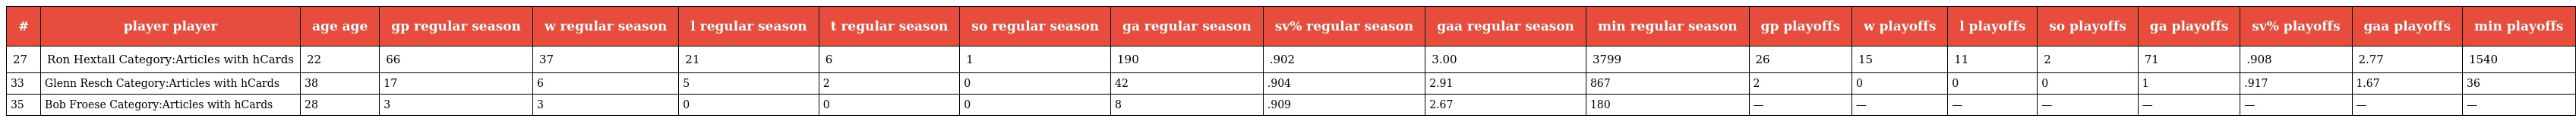
| # | player player | age age | gp regular season | w regular season | l regular season | t regular season | so regular season | ga regular season | sv% regular season | gaa regular season | min regular season | gp playoffs | w playoffs | l playoffs | so playoffs | ga playoffs | sv% playoffs | gaa playoffs | min playoffs |
 | --- | --- | --- | --- | --- | --- | --- | --- | --- | --- | --- | --- | --- | --- | --- | --- | --- | --- | --- | --- |
 | 27 | Ron Hextall Category:Articles with hCards | 22 | 66 | 37 | 21 | 6 | 1 | 190 | .902 | 3.00 | 3799 | 26 | 15 | 11 | 2 | 71 | .908 | 2.77 | 1540 |
 | 33 | Glenn Resch Category:Articles with hCards | 38 | 17 | 6 | 5 | 2 | 0 | 42 | .904 | 2.91 | 867 | 2 | 0 | 0 | 0 | 1 | .917 | 1.67 | 36 |
 | 35 | Bob Froese Category:Articles with hCards | 28 | 3 | 3 | 0 | 0 | 0 | 8 | .909 | 2.67 | 180 | — | — | — | — | — | — | — | — |